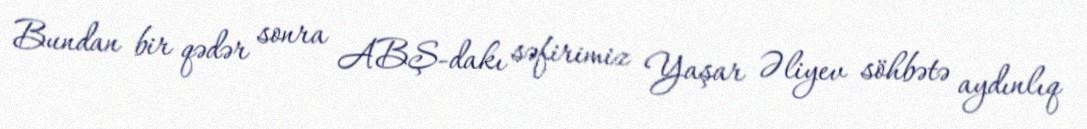
Bundan bir qədər sonra ABŞ-dakı səfirimiz Yaşar Əliyev söhbətə aydınlıq